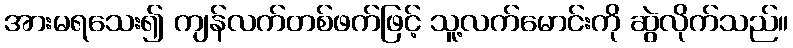
အားမရသေး၍ ကျန်လက်တစ်ဖက်ဖြင့် သူ့လက်မောင်းကို ဆွဲလိုက်သည်။